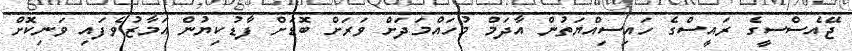
ޖޭއެސްސީގެ ރައީސްގެ ހައިސިއްޔަތުން އާދަމް މުހައްމަދަށް ވަރަށް ބޮޑަށް ފާޑުކިޔުން އަމާޒުވެފައި ވަނިކޮށް